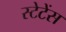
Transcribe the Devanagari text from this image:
स्टेटेंस